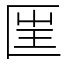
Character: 匩